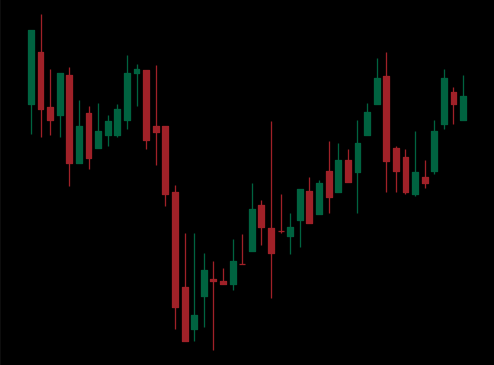
Pattern: inverse_head_shoulders